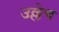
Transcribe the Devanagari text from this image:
उल्लेच